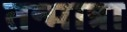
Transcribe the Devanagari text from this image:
तन्मात्रा